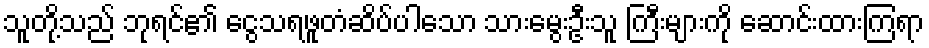
သူတို့သည် ဘုရင်၏ ငွေသရဖူတံဆိပ်ပါသော သားမွေးဦးသူ ကြီးများကို ဆောင်းထားကြရာ